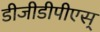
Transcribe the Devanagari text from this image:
डीजीडीपीएस्